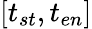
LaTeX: [t_{st},t_{en}]